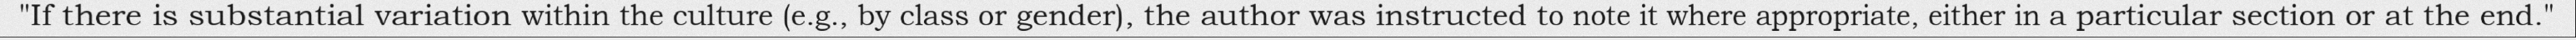
"If there is substantial variation within the culture (e.g., by class or gender), the author was instructed to note it where appropriate, either in a particular section or at the end."